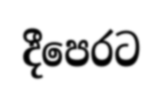
දීපෙරට